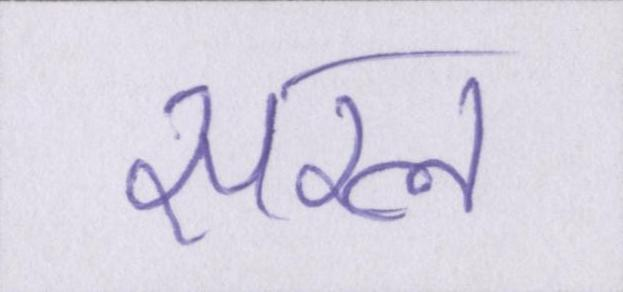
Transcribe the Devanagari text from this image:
सरल